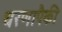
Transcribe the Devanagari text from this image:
धरणापैकी